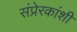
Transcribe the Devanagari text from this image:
संप्रेरकांशी